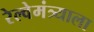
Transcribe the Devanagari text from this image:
रेल्वेमंत्र्याला